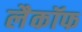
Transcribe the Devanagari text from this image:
लैकॉफ